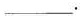
___。